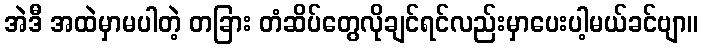
အဲဒီ အထဲမှာမပါတဲ့ တခြား တံဆိပ်တွေလိုချင်ရင်လည်းမှာပေးပါ့မယ်ခင်ဗျာ။